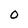
Character: O